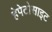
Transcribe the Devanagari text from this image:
हेपेटोसाइट